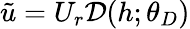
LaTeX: \tilde{u}=U_{r}\mathcal{D}(h;\theta_{D})